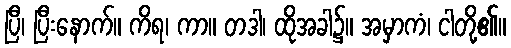
ပြီ၊ ပြီးနောက်။ ကိရ၊ ကာ။ တဒါ၊ ထိုအခါ၌။ အမှာကံ၊ ငါတို့၏။